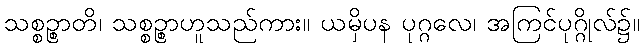
သစ္စဉ္စာတိ၊ သစ္စဉ္စာဟူသည်ကား။ ယမှိပန ပုဂ္ဂလေ၊ အကြင်ပုဂ္ဂိုလ်၌။